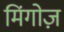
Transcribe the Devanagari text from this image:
मिंगोज़